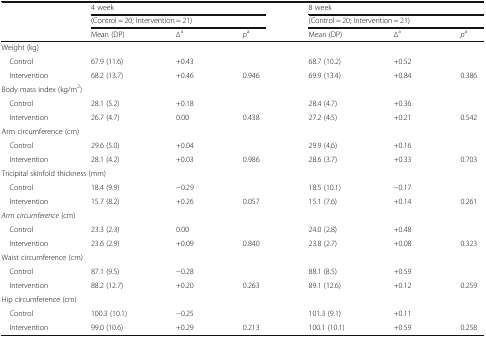
<table><thead><tr><td></td><td colspan="3"><b>4 week</b></td><td colspan="3"><b>8 week</b></td></tr><tr><td></td><td colspan="3"><b>(Control = 20; Intervention = 21)</b></td><td colspan="3"><b>(Control = 20; Intervention = 21)</b></td></tr><tr><td></td><td><b>Mean (DP)</b></td><td><b>∆<sup>a</sup></b></td><td><b><i>p</i><sup>a</sup></b></td><td><b>Mean (DP)</b></td><td><b>∆<sup>a</sup></b></td><td><b><i>p</i><sup>a</sup></b></td></tr></thead><tbody><tr><td colspan="7">Weight (kg)</td></tr><tr><td> Control</td><td>67.9 (11.6)</td><td>+0.43</td><td></td><td>68.7 (10.2)</td><td>+0.52</td><td></td></tr><tr><td> Intervention</td><td>68.2 (13.7)</td><td>+0.46</td><td>0.946</td><td>69.9 (13.4)</td><td>+0.84</td><td>0.386</td></tr><tr><td colspan="7">Body mass index (kg/m<sup>2</sup>)</td></tr><tr><td> Control</td><td>28.1 (5.2)</td><td>+0.18</td><td></td><td>28.4 (4.7)</td><td>+0.36</td><td></td></tr><tr><td> Intervention</td><td>26.7 (4.7)</td><td>0.00</td><td>0.438</td><td>27.2 (4.5)</td><td>+0.21</td><td>0.542</td></tr><tr><td colspan="7">Arm circumference (cm)</td></tr><tr><td> Control</td><td>29.6 (5.0)</td><td>+0.04</td><td></td><td>29.9 (4.6)</td><td>+0.16</td><td></td></tr><tr><td> Intervention</td><td>28.1 (4.2)</td><td>+0.03</td><td>0.986</td><td>28.6 (3.7)</td><td>+0.33</td><td>0.703</td></tr><tr><td colspan="7">Tricipital skinfold thickness (mm)</td></tr><tr><td> Control</td><td>18.4 (9.9)</td><td>−0.29</td><td></td><td>18.5 (10.1)</td><td>−0.17</td><td></td></tr><tr><td> Intervention</td><td>15.7 (8.2)</td><td>+0.26</td><td>0.057</td><td>15.1 (7.6)</td><td>+0.14</td><td>0.261</td></tr><tr><td colspan="7"><i>Arm circumference</i> (cm)</td></tr><tr><td> Control</td><td>23.3 (2.3)</td><td>0.00</td><td></td><td>24.0 (2.8)</td><td>+0.48</td><td></td></tr><tr><td> Intervention</td><td>23.6 (2.9)</td><td>+0.09</td><td>0.840</td><td>23.8 (2.7)</td><td>+0.08</td><td>0.323</td></tr><tr><td colspan="7">Waist circumference (cm)</td></tr><tr><td> Control</td><td>87.1 (9.5)</td><td>−0.28</td><td></td><td>88.1 (8.5)</td><td>+0.59</td><td></td></tr><tr><td> Intervention</td><td>88.2 (12.7)</td><td>+0.20</td><td>0.263</td><td>89.1 (12.6)</td><td>+0.12</td><td>0.259</td></tr><tr><td colspan="7">Hip circumference (cm)</td></tr><tr><td> Control</td><td>100.3 (10.1)</td><td>−0.25</td><td></td><td>101.3 (9.1)</td><td>+0.11</td><td></td></tr><tr><td> Intervention</td><td>99.0 (10.6)</td><td>+0.29</td><td>0.213</td><td>100.1 (10.1)</td><td>+0.59</td><td>0.258</td></tr></tbody></table>